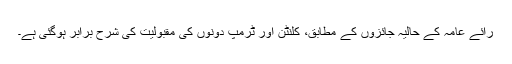
رائے عامہ کے حالیہ جائزوں کے مطابق، کلنٹن اور ٹرمپ دونوں کی مقبولیت کی شرح برابر ہوگئی ہے۔